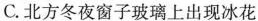
C.北方冬夜窗子玻璃上出现冰花